Serum-therapy of plague in India - Number 20
Disease focus: Plague
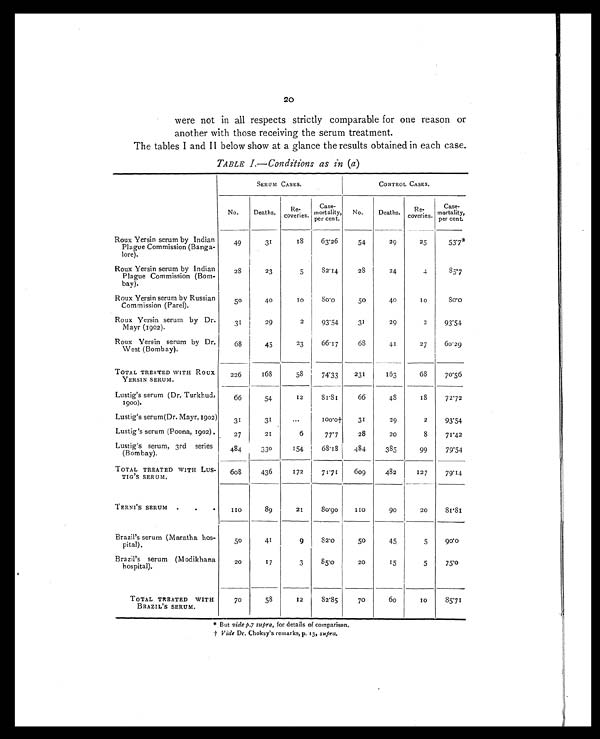
20
were not in all respects strictly comparable for one reason or
another with those receiving the serum treatment.
The tables I and II below show at a glance the results obtained in each case.
TABLE I.—Conditions as in (a)
SERUM CASES.
CONTROL CASES.
No.
Deaths.
Re
-coveries.
Case-
mortality,
per cent.
No.
Deaths.
R e - c o v e r i e s .
Case-
mortality,
per cent.
Roux Yersin serum by Indian
Plague Commission (Banga-
lore).
49
3 1
18
63.26
54
29
25
5 3 . 7 *
Roux Yersin serum by Indian
Plague Commission (Bom-
bay).
28
23
5
82.14
2 8
24
4
85.7
Roux Yersin serum by Russian
Commission (Parel).
50
40
1 0
8 0 . 0
5 0
40
10
8 0 . 0
Roux Yersin serum by Dr.
Mayr (1902).
31
29
2
93.54
31
29
2
93.54
Roux Yersin serum by Dr.
West (Bombay).
68
45
23
66.17
68
41
27
60.29
TOTAL TREATED WITH ROUX
YERSIN SERUM.
226
168
58
74.33
231
163
68
70.56
Lustig's serum (Dr. Turkhud,
1900).
66
54
12
81.81
66
48
18
72.72
Lustig's serum(Dr. Mayr, 1902)
31
3 1
...
1 0 0 . 0 †
31
29
2
93.54
Lustig's serum (Poona, 1902).
27
21
6
77.7
28
20
8
71.42
Lustig's serum, 3rd series
(Bombay).
484
330
154
68.18
484
385
99
79.54
TOTAL TREATED WITH L
US-TIG'S SERUM.
608
436
172
71.71
609
482
127
79.14
TERNI'S SERUM
1 1 0
89
21
80.90
1 1 0
90
20
8 1 . 8 1
Brazil's serum (Maratha hos-
pital).
50
41
9
82.0
50
45
5
90.0
Brazil's serum (Modikhana
hospital).
20
17
3
85.0
20
15
5
7 5 . 0
TOTAL TREATEDWITH
BRAZIL'S SERUM.
70
58
12
82.85
70
60
10
85.71
* But vide p.7 supra, for details of comparison.
† Vide Dr. Choksy's remarks, p, 13, supra.